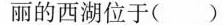
丽的西湖位于( )